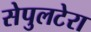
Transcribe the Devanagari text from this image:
सेपुलटेरा